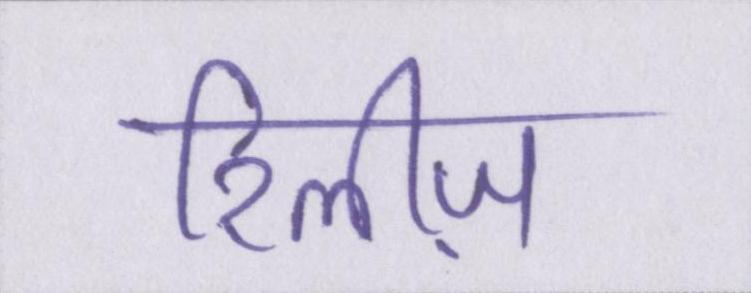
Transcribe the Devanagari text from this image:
रिलीज़